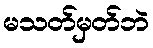
မသတ်မှတ်ဘဲ